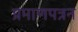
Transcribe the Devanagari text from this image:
प्रमाणपत्रन